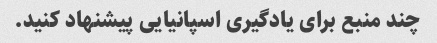
چند منبع برای یادگیری اسپانیایی پیشنهاد کنید.